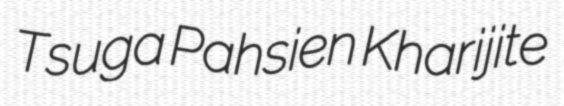
Tsuga Pahsien Kharijite